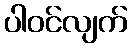
ပါဝင်လျက်